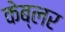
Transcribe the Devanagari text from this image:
केब्लर